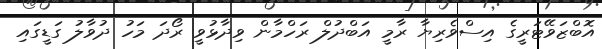
އޮބްޒަވޭޓަރީގެ އިސްވެރިޔާ ރާމީ އަބްދުލް ރަހްމާން ވިދާޅުވީ ރޯދަ މަހު ދުވާލު ގަޑީގައި